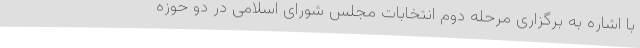
با اشاره به برگزاری مرحله دوم انتخابات مجلس شورای اسلامی در دو حوزه